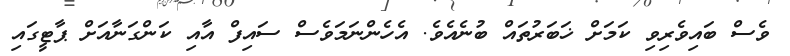
ވެސް ބައިވެރިވި ކަމަށް ޚަބަރުތައް ބުނެއެވެ. އެހެންނަމަވެސް ސައިފް އާއި ކަންގަނާއަށް ޕާޓީގައި